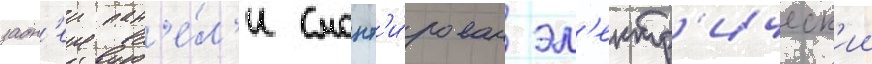
задн'еи пан'е́л'и смонт'и́рован эл'ектр'ическ'ии